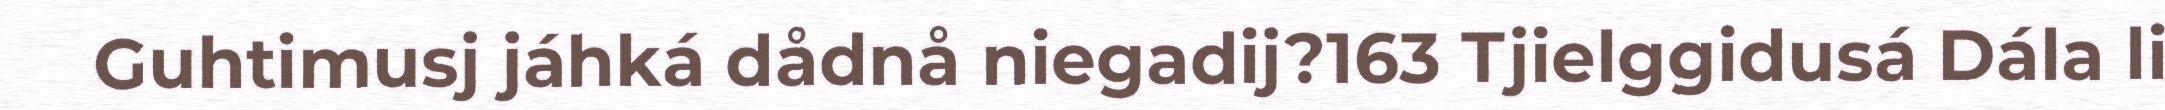
Guhtimusj jáhká dådnå niegadij?163 Tjielggidusá Dála li